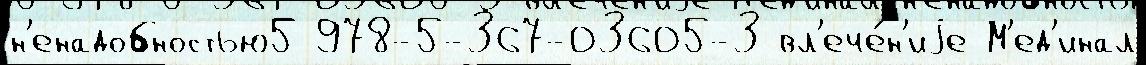
н'енадобностью5 978-5-367-03605-3 вл'ече́н'иjе М'ед'инал